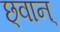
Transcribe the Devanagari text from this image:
छ्वान्